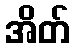
အိတ်